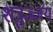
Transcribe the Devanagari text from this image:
शत्रुज्जंय